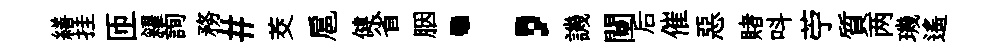
繕挂匝糴詢務#茭扈健省胭；譏闉后催惡賭呌苧質两璣遙